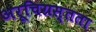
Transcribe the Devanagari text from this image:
अरूचिग्रस्तता